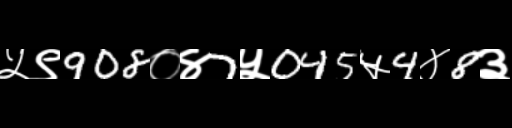
Text: ५९908०४7५045५4४8३